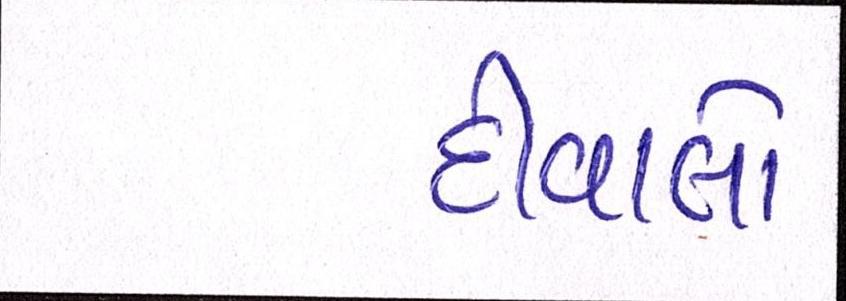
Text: દીવાલો